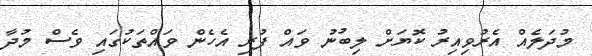
މުދަލެއް އެރުވިއިރު ކޮޔަށް ލިބުނު ވައް ފުރި އެހެން ވައްތަކުގައި ވެސް މުދާ